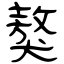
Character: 獒